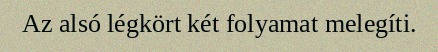
Az alsó légkört két folyamat melegíti.